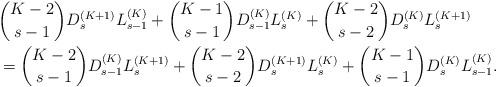
LaTeX: \begin{align*}&\binom{K-2}{s-1}D_{s}^{(K+1)}L_{s-1}^{(K)} + \binom{K-1}{s-1}D_{s-1}^{(K)}L_{s}^{(K)} +\binom{K-2}{s-2}D_s^{(K)}L_s^{(K+1)} \\&= \binom{K-2}{s-1} D_{s-1}^{(K)}L_{s}^{(K+1)}+ \binom{K-2}{s-2} D_s^{(K+1)}L_{s}^{(K)}+\binom{K-1}{s-1}D_s^{(K)}L_{s-1}^{(K)}. \end{align*}